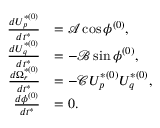
\begin{array} { r l } { \frac { d U _ { p } ^ { * ( 0 ) } } { d t ^ { * } } } & { = \mathcal { A } \cos \phi ^ { ( 0 ) } , } \\ { \frac { d U _ { q } ^ { * ( 0 ) } } { d t ^ { * } } } & { = - \mathcal { B } \sin \phi ^ { ( 0 ) } , } \\ { \frac { d \Omega _ { r } ^ { * ( 0 ) } } { d t ^ { * } } } & { = - \mathcal { C } U _ { p } ^ { * ( 0 ) } U _ { q } ^ { * ( 0 ) } , } \\ { \frac { d \phi ^ { ( 0 ) } } { d t ^ { * } } } & { = 0 . } \end{array}